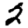
Digit: 2